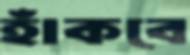
হাঁকবে